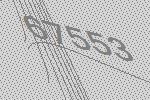
67553